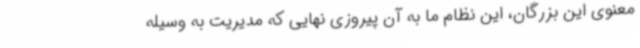
معنوی این بزرگان، این نظام ما به آن پیروزی نهایی که مدیریت به وسیله